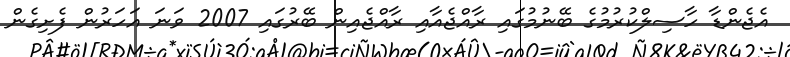
އެޖެންޑާ ހާސިލްކުރުމުގެ ބޭނުމުގައި ރާއްޖެއާއި ރާއްޖެއިން ބޭރުގައި 2007 ވަނަ އަހަރުން ފެށިގެން